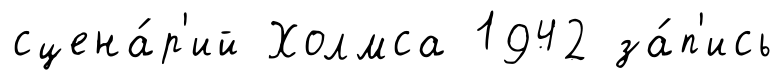
сцена́р'ий Холмса 1942 за́п'ись